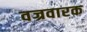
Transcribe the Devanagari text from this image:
वज्रवारक